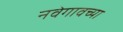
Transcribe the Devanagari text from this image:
नवेगावच्या